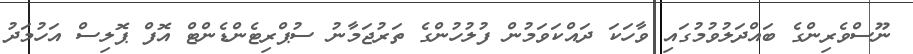
ނޫސްވެރިންގެ ބައްދަލުވުމުގައި ވާހަކަ ދައްކަވަމުން ފުލުހުންގެ ތަރުޖަމާނު ސުޕްރިޓެންޑެންޓް އޮފް ޕޮލިސް އަހުމަދު